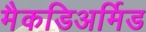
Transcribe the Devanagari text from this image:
मैकडिअर्मिड